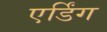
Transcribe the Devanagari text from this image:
एर्डिंग